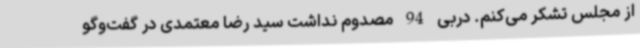
از مجلس تشکر می‌کنم. دربی 94 مصدوم نداشت سید رضا معتمدی در گفت‌وگو